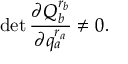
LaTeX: \operatorname * { d e t } \frac { \partial Q _ { b } ^ { r _ { b } } } { \partial q _ { a } ^ { r _ { a } } } \neq 0 .